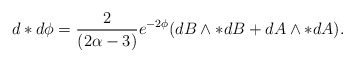
\begin{align*}d*d\phi = \frac{2}{(2\alpha-3)} e^{-2\phi}(dB \wedge *dB + dA \wedge *dA).\end{align*}